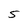
Character: 5